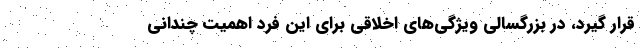
قرار گیرد، در بزرگسالی ویژگی‌های اخلاقی برای این فرد اهمیت چندانی